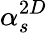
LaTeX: \alpha_{s}^{2D}